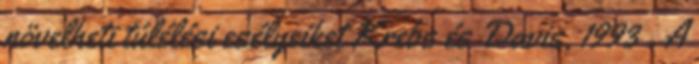
növelheti túlélési esélyeiket Krebs és Davis, 1993 . A